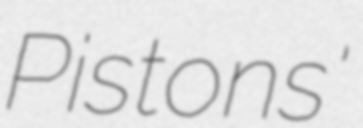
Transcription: Pistons'